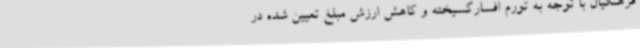
فرهنگیان با توجه به تورم افسارگسیخته و کاهش ارزش مبلغ تعیین شده در